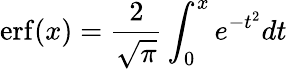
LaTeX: \mathrm{erf}(x)=\frac{2}{\sqrt{\pi}}\int_{0}^{x}e^{-t^{2}}dt